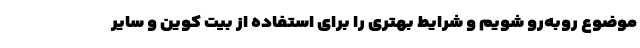
موضوع روبه‌رو شویم و شرایط بهتری را برای استفاده از بیت کوین و سایر